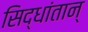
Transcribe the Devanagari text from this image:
सिद्धांतान्